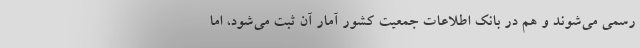
رسمی می‌شوند و هم در بانک اطلاعات جمعیت کشور آمار آن ثبت می‌شود، اما